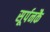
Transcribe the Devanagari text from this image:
सूर्पनकै